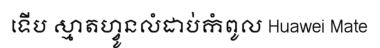
ទើប ស្មាតហ្វូនលំដាប់កំពូល Huawei Mate